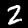
Label: 2